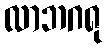
လာဘဂရု